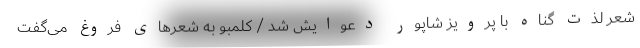
شعر لذت گناه با پرویز شاپور دعوایش شد / کلمبو به شعرهای فروغ می‌گفت